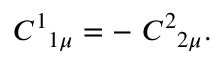
C ^ { 1 } { } _ { 1 \mu } = - \ C ^ { 2 } { } _ { 2 \mu } .